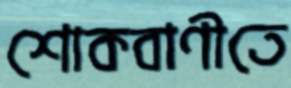
শোকবাণীতে